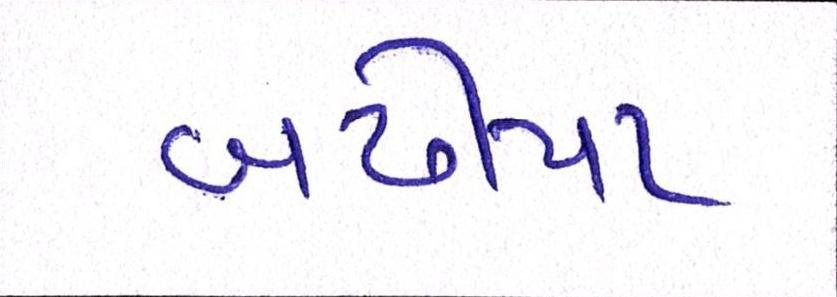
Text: બઢીયા